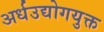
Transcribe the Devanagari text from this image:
अर्धउद्योगयुक्त